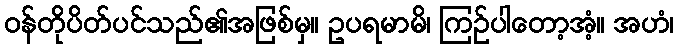
ဝန်တိုပိတ်ပင်သည်၏အဖြစ်မှ။ ဥပရမာမိ၊ ကြဉ်ပါတော့အံ့။ အဟံ၊